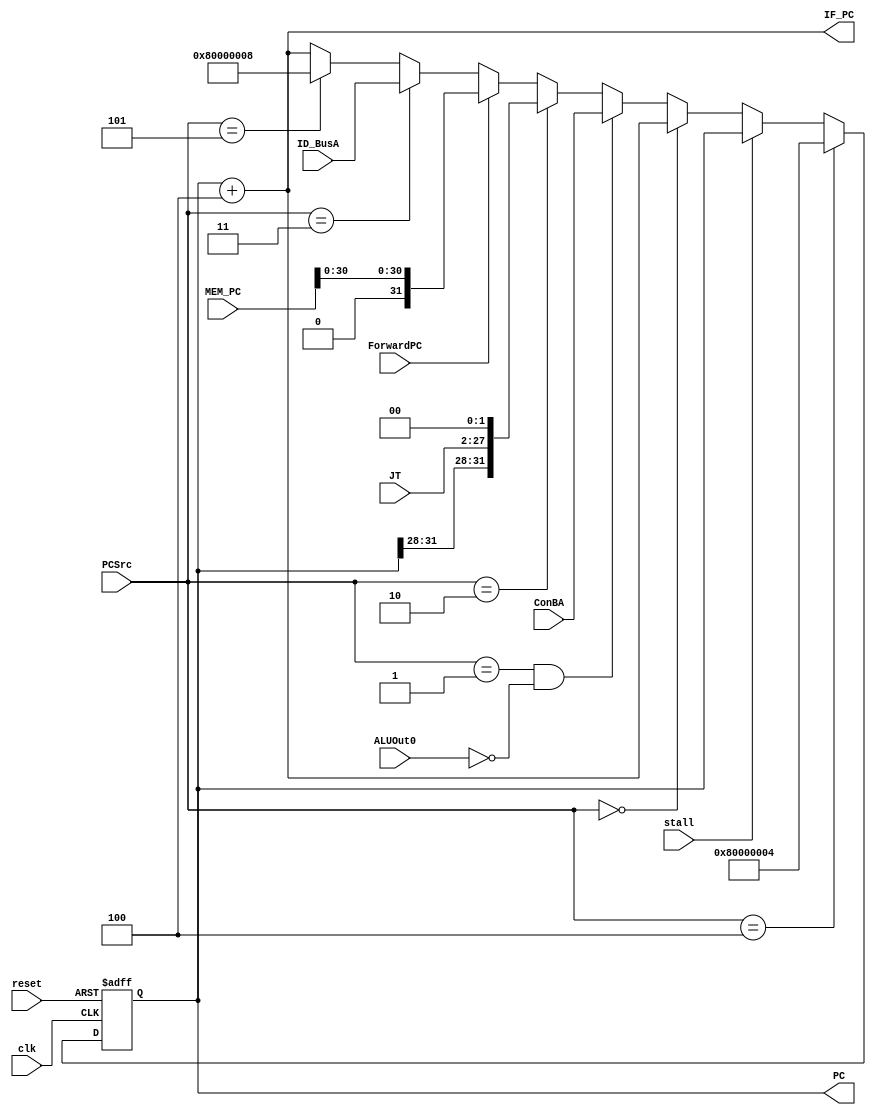
module pipeline_IF(clk,reset,stall,PCSrc,ConBA,ALUOut0,ID_BusA,PC,IF_PC,JT,ForwardPC,MEM_PC);
input clk,reset,stall,ALUOut0,ForwardPC;
input [31:0]MEM_PC;
input[31:0]ConBA,ID_BusA;
input[25:0]JT;
input[2:0]PCSrc;
output reg[31:0] PC;
output [31:0]IF_PC;

assign  IF_PC = PC + 4;

wire[31:0] PC_choose;
assign PC_choose= (PCSrc==4) ?  32'h80000004:
                  stall? PC:
                  (PCSrc==0) ? 	PC+4 : //????
                  (PCSrc==1 & ALUOut0==0) ?  ConBA: //branch??
                  (PCSrc==2) ?  {PC[31:28],JT,2'b0}: //????
                  (ForwardPC==1) ? {1'b0, MEM_PC[30:0]}:
                  (PCSrc==3) ?  ID_BusA: //$ra
                  (PCSrc==5) ?  32'h80000008: PC+4;  
always @(posedge clk or posedge reset)
begin
if(reset)
PC<=32'h80000000;
else 
PC<=PC_choose;
end
endmodule